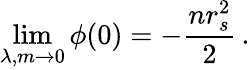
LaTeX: \operatorname*{lim}_{\lambda,m\to 0}\phi(0)=-\frac{nr_{s}^{2}}2\, .